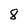
Character: 8